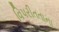
વિપરીતતાના